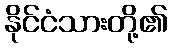
နိုင်ငံသားတို့၏